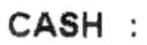
CASH :